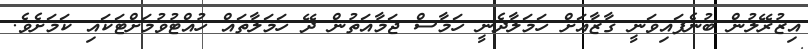
އިޒުރޭލުން ބުނެފައިވަނީ ގާޒާއަށް ހަމަލާދެނީ ހަމާސް ޖަމާއަތުން ދޭ ހަމަލާތައް ހުއްޓުވުމަށްޓަކައި ކަމަށެވެ.